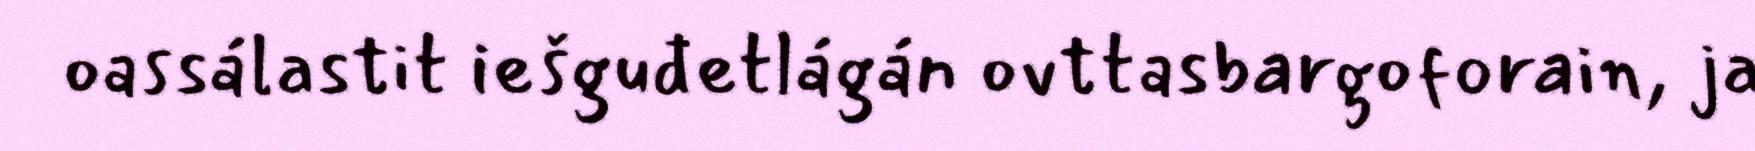
oassálastit iešguđetlágán ovttasbargoforain, ja